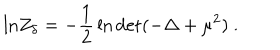
\mathrm { l n } Z _ { \delta } = - { \frac { 1 } { 2 } } \ln \mathrm { d e t } ( - \Delta + \mu ^ { 2 } ) ~ .